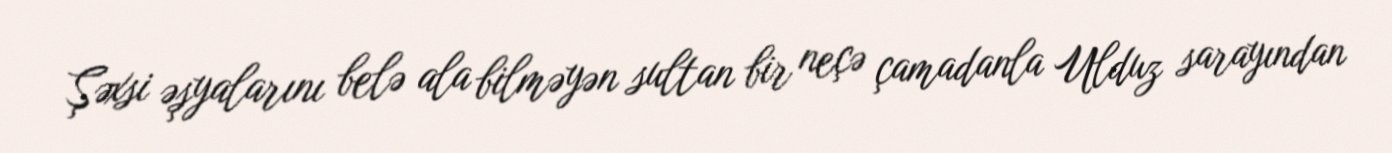
Şəxsi əşyalarını belə ala bilməyən sultan bir neçə çamadanla Ulduz sarayından